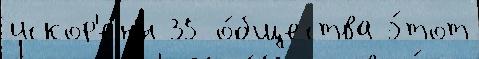
искор'ен'́н 35 о́бщества э́тот